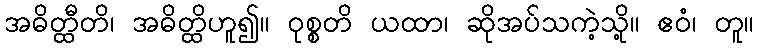
အဓိတ္ထီတိ၊ အဓိတ္ထိဟူ၍။ ဝုစ္စတိ ယထာ၊ ဆိုအပ်သကဲ့သို့။ ဧဝံ၊ တူ။